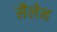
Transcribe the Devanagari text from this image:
सैलेन